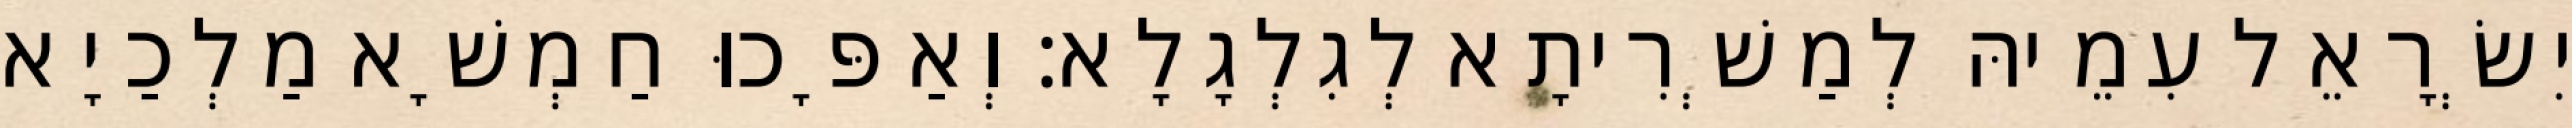
יִשְׂרָאֵל עִמֵיהּ לְמַשְׁרִיתָא לְגִלְגָלָא׃ וְאַפָּכוּ חַמְשָׁא מַלְכַיָא